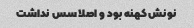
نونش کهنه بود و اصلا سس نداشت